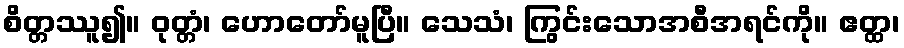
စိတ္တဿူ၍။ ဝုတ္တံ၊ ဟောတော်မူပြီ။ သေသံ၊ ကြွင်းသောအစီအရင်ကို။ ဧတ္ထ၊